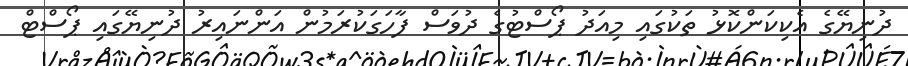
ދުނިޔޭގެ އެކިކަންކޮޅު ތަކުގައި މިއަދު ޕޯސްޓުގެ ދުވަސް ފާހަގަކުރަމުން އަންނައިރު ދުނިޔޭގައި ޕޯސްޓް